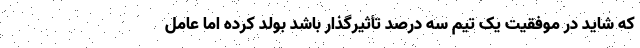
که شاید در موفقیت یک تیم سه درصد تأثیرگذار باشد بولد کرده اما عامل